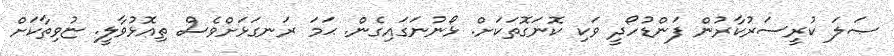
ޞަލަ ކުރީސަރުކާރުން ފަންޑުހޯދީ ވަކި ކޮނަގޮތަކަށް. ޅޯނުނަގައިގެން. ޙަމަ ރަނގަޅަށްވެސް ތިއޮޅުވާލީ. ޏުވިތާކަށް